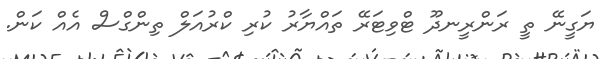
ޔަގީނޭ ތީ ރަންރީނދޫ ޓްވިޓަރޭ ތައްޔާރު ކުރި ކްރުއަލް ތިންގްސް އެެއް ކަން.